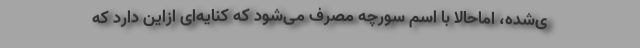
ی‌شده، اماحالا با اسم سورچه مصرف می‌شود که کنایه‌ای ازاین دارد که